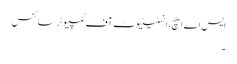
ایس اے ایچ، انسٹیٹیوٹ آف کمپیوٹر سائنس
۔